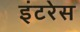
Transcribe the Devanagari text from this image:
इंटरेस